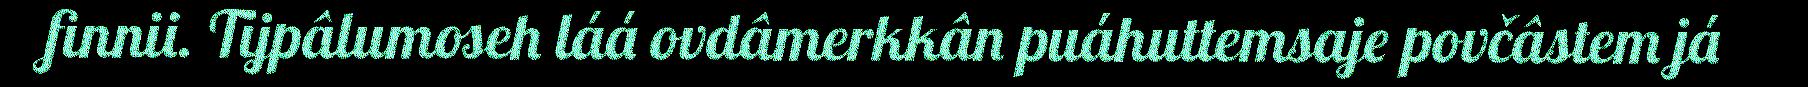
finnii. Tijpâlumoseh láá ovdâmerkkân puáhuttemsaje povčâstem já